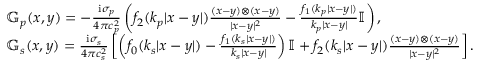
\begin{array} { r l } & { \mathbb { G } _ { p } ( x , y ) = - \frac { \mathrm { i } \sigma _ { p } } { 4 \pi c _ { p } ^ { 2 } } \left( f _ { 2 } ( k _ { p } | x - y | ) \frac { ( x - y ) \otimes ( x - y ) } { | x - y | ^ { 2 } } - \frac { f _ { 1 } ( k _ { p } | x - y | ) } { k _ { p } | x - y | } \mathbb { I } \right) , } \\ & { \mathbb { G } _ { s } ( x , y ) = \frac { \mathrm { i } \sigma _ { s } } { 4 \pi c _ { s } ^ { 2 } } \left[ \left( f _ { 0 } ( k _ { s } | x - y | ) - \frac { f _ { 1 } ( k _ { s } | x - y | ) } { k _ { s } | x - y | } \right) \mathbb { I } + f _ { 2 } ( k _ { s } | x - y | ) \frac { ( x - y ) \otimes ( x - y ) } { | x - y | ^ { 2 } } \right] . } \end{array}